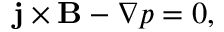
\mathbf { j } \times \mathbf { B } - \nabla p = 0 ,